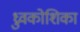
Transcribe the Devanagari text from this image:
ध्रुवकोशिका